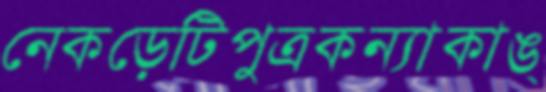
নেকড়েটিপুত্রকন্যাকাঙ্